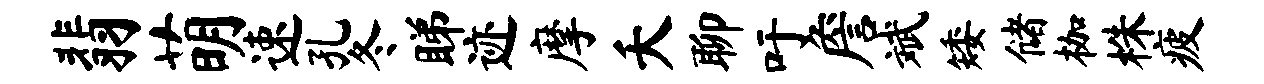
翡萌速孔冬睇迹摩夭聊吁詹斌矮储枷株疲